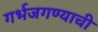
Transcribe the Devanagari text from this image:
गर्भजगण्याची